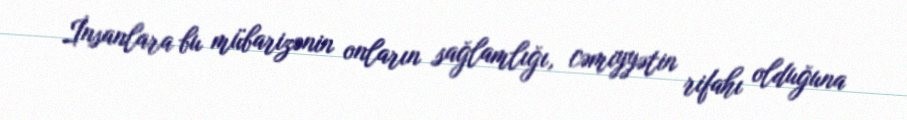
İnsanlara bu mübarizənin onların sağlamlığı, cəmiyyətin rifahı olduğuna